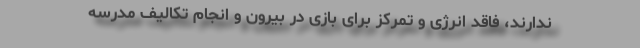
ندارند، فاقد انرژی و تمرکز برای بازی در بیرون و انجام تکالیف مدرسه